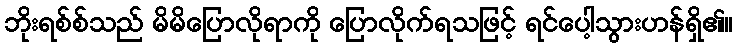
ဘိုးရစ်စ်သည် မိမိပြောလိုရာကို ပြောလိုက်ရသဖြင့် ရင်ပေါ့သွားဟန်ရှိ၏။